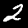
Label: 2